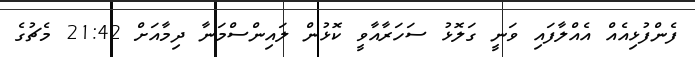
ފެންފުޅިއެއް އެއްލާފައި ވަނީ ގަލޮޅު ސަހަރާއާވީ ކޮޅުން ލައިންސްމަނާ ދިމާއަށް 21:42 މެޗުގެ